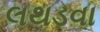
લથડવા